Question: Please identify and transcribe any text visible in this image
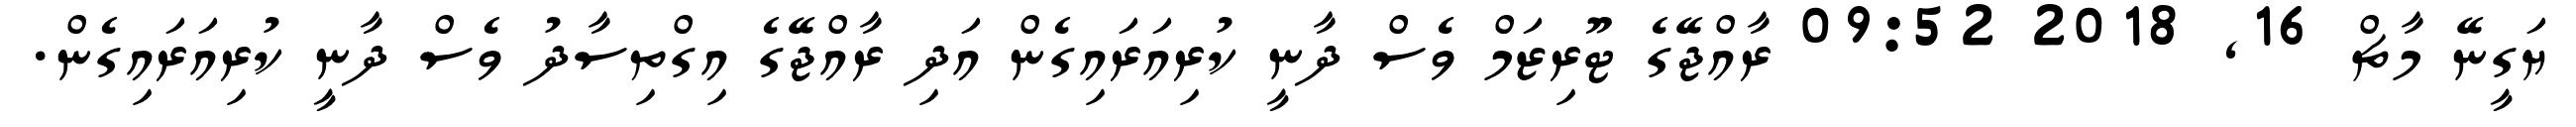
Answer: ޔަގީނޭ މާޗް 16, 2018 09:52 ރާއްޖޭގެ ޓޫރިޒަމް ވެސް ދާނީ ކުރިއަރައިގެން އަދި ރާއްޖޭގެ އިގްތިސާދު ވެސް ދާނީ ކުރިއަރައިގެން.